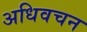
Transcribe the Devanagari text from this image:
अधिवचन